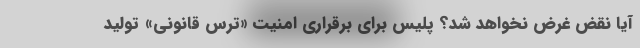
آیا نقض غرض نخواهد شد؟ پلیس برای برقراری امنیت «ترس قانونی» تولید